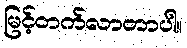
မြင့်တက်လာတာပါ။